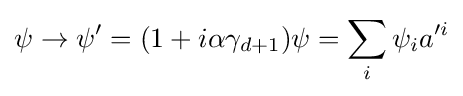
\psi \to \psi ^{\prime }=(1+i\alpha \gamma _{d+1})\psi =\sum \limits _{i}\psi _{i}a^{\prime i}